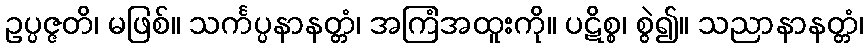
ဥပ္ပဇ္ဇတိ၊ မဖြစ်။ သင်္ကပ္ပနာနတ္တံ၊ အကြံအထူးကို။ ပဋိစ္စ၊ စွဲ၍။ သညာနာနတ္တံ၊